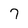
Character: 7